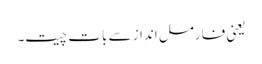
یعنی فارمل انداز سے بات چیت۔